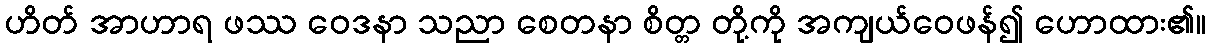
ဟိတ် အာဟာရ ဖဿ ဝေဒနာ သညာ စေတနာ စိတ္တ တို့ကို အကျယ်ဝေဖန်၍ ဟောထား၏။